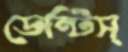
ডেন্টিস্